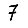
Digit: 7